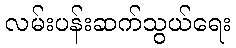
လမ်းပန်းဆက်သွယ်ရေး